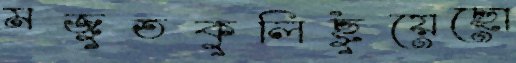
মজুতকুলিছুঁয়েছো